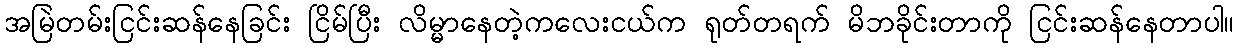
အမြဲတမ်းငြင်းဆန်နေခြင်း ငြိမ်ပြီး လိမ္မာနေတဲ့ကလေးငယ်က ရုတ်တရက် မိဘခိုင်းတာကို ငြင်းဆန်နေတာပါ။